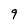
Character: 9